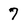
Character: 7